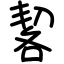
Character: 㗉